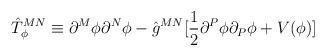
LaTeX: \begin{align*}\hat{T}^{MN}_{\phi} \equiv \partial^{M} \phi \partial^{N} \phi - \hat{g}^{MN} [ \frac{1}{2} \partial^{P} \phi \partial_{P} \phi + V(\phi)]\end{align*}